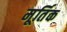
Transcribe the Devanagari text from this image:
मूर्तिक